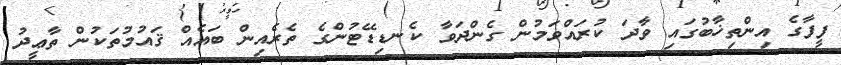
ފީފާގެ އިންތިޚާބުގައި ވާދަ ކުރައްވަމުން ގެންދަވާ ކެނޑިޑޭޓުންގެ ތެރެއިން ބައެއް ޤައުމުތަކުން ތާޢީދު